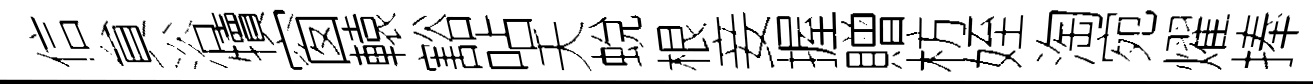
信貟浴犢窗轅豁呫夭蛻根妾握贈枋姪淘宛燿捧